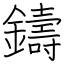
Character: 鑄